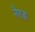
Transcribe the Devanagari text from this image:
नेरड